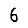
Digit: 6